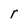
Character: r